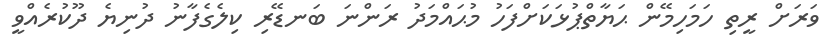
ވަރަށް ރީތި ހަމަހިމޭން ޙަޔާތްޕުޅަކަށްފަހު މުޙައްމަދު ރަންނަ ބަނޑޭރި ކިލެގެފާނު ދުނިޔެ ދޫކުރެއްވީ